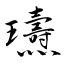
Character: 瓙